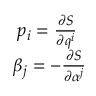
\begin{array} { c c } { p _ { i } = \frac { \partial S } { \partial q ^ { i } } \; } \\ { \beta _ { j } = - \frac { \partial S } { \partial \alpha ^ { j } } } \end{array}